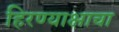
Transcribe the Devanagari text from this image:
हिरण्याक्षाचा